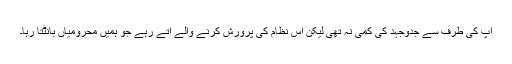
آپ کی طرف سے جدوجہد کی کمی نہ تھی لیکن اس نظام کی پرورش کرنے والے آتے رہے جو ہمیں محرومیاں بانٹتا رہا۔